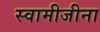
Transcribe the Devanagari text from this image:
स्वामीजीना